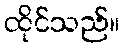
ထိုင်သည်။